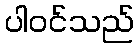
ပါဝင်သည်